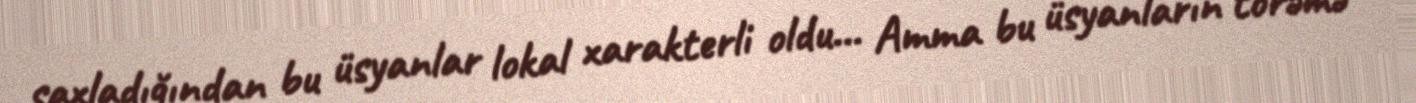
saxladığından bu üsyanlar lokal xarakterli oldu... Amma bu üsyanların törəmə